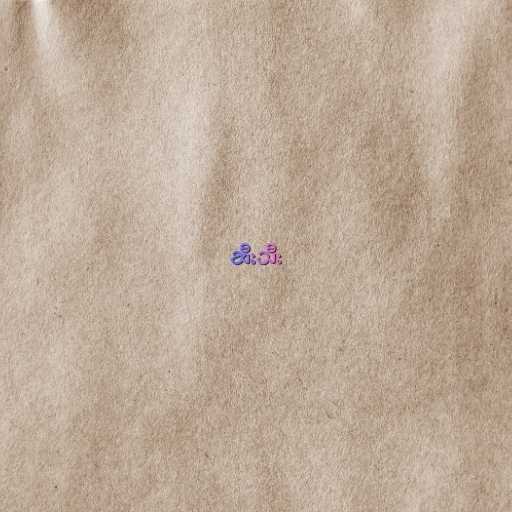
ဆီးသီး